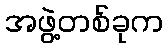
အဖွဲ့တစ်ခုက